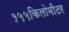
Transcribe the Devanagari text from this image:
१५५किलोमीटर